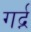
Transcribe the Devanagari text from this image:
गर्द्न